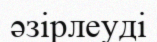
әзірлеуді